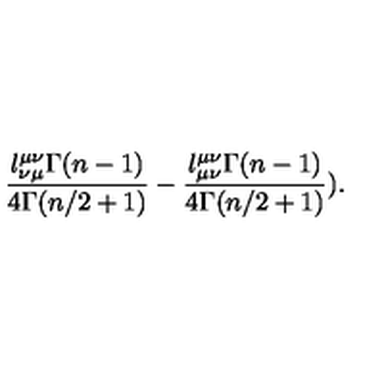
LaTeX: \frac { l _ { \nu \mu } ^ { \mu \nu } \Gamma ( n - 1 ) } { 4 \Gamma ( n / 2 + 1 ) } - \frac { l _ { \mu \nu } ^ { \mu \nu } \Gamma ( n - 1 ) } { 4 \Gamma ( n / 2 + 1 ) } ) .